Insane asylums Bombay 1873-77 - 1873-1877
Year: 1873
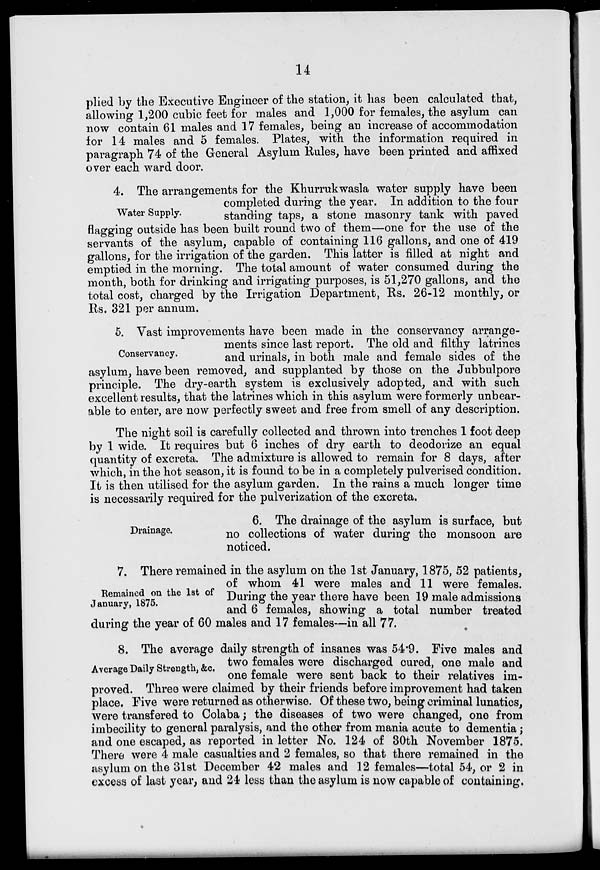
14
plied by the Executive Engineer of the station, it has been calculated that,
allowing 1,200 cubic feet for males and 1,000 for females, the asylum can
now contain 61 males and 17 females, being an increase of accommodation
for 14 males and 5 females. Plates, with the information required in
paragraph 74 of the General Asylum Rules, have been printed and affixed
over each ward door.
Water Supply.
4. The arrangements for the Khurrukwasla water supply have been
completed during the year. In addition to the four
standing taps, a stone masonry tank with paved
flagging outside has been built round two of them—one for the use of the
servants of the asylum, capable of containing 116 gallons, and one of 419
gallons, for the irrigation of the garden. This latter is filled at night and
emptied in the morning. The total amount of water consumed during the
month, both for drinking and irrigating purposes, is 51,270 gallons, and the
total cost, charged by the Irrigation Department, Rs. 26-12 monthly, or
Rs. 321 per annum.
Conservancy.
5. Vast improvements have been made in the conservancy arrange-
ments since last report. The old and filthy latrines
and urinals, in both male and female sides of the
asylum, have been removed, and supplanted by those on the Jubbulpore
principle. The dry-earth system is exclusively adopted, and with such
excellent results, that the latrines which in this asylum were formerly unbear-
able to enter, are now perfectly sweet and free from smell of any description.
The night soil is carefully collected and thrown into trenches 1 foot deep
by 1 wide. It requires but 6 inches of dry earth to deodorize an equal
quantity of excreta. The admixture is allowed to remain for 8 days, after
which, in the hot season, it is found to be in a completely pulverised condition.
It is then utilised for the asylum garden. In the rains a much longer time
is necessarily required for the pulverization of the excreta.
Drainage.
6. The drainage of the asylum is surface, but
no collections of water during the monsoon are
noticed.
Remained on the 1st of
January, 1875.
7. There remained in the asylum on the 1st January, 1875, 52 patients,
of whom 41 were males and 11 were females.
During the year there have been 19 male admissions
and 6 females, showing a total number treated
during the year of 60 males and 17 females—in all 77.
Average Daily Strength, &c.
8. The average daily strength of insanes was 54.9. Five males and
two females were discharged cured, one male and
one female were sent back to their relatives im-
proved. Three were claimed by their friends before improvement had taken
place. Five were returned as otherwise. Of these two, being criminal lunatics,
were transfered to Colaba; the diseases of two were changed, one from
imbecility to general paralysis, and the other from mania acute to dementia ;
and one escaped, as reported in letter No. 124 of 30th November 1875.
There were 4 male casualties and 2 females, so that there remained in the
asylum on the 31st December 42 males and 12 females—total 54, or 2 in
excess of last year, and 24 less than the asylum is now capable of containing.